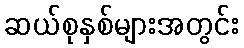
ဆယ်စုနှစ်များအတွင်း